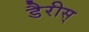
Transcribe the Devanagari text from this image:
डैरीस्